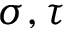
\sigma , \tau